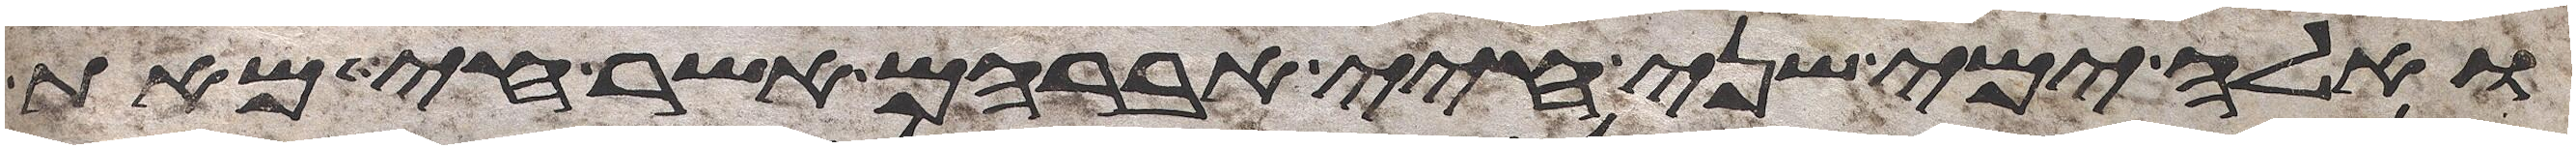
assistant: ואלה ימי שני חיי אברהם אשר חי מאת